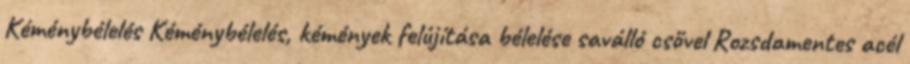
Kéménybélelés Kéménybélelés, kémények felújítása bélelése saválló csővel Rozsdamentes acél